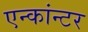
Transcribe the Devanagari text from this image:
एन्कांन्टर